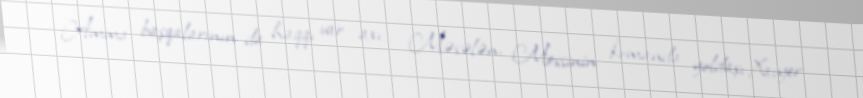
Amma başqalarının da haqqı var axı... Məsələn, Messinin komanda yoldaşı Xavyer